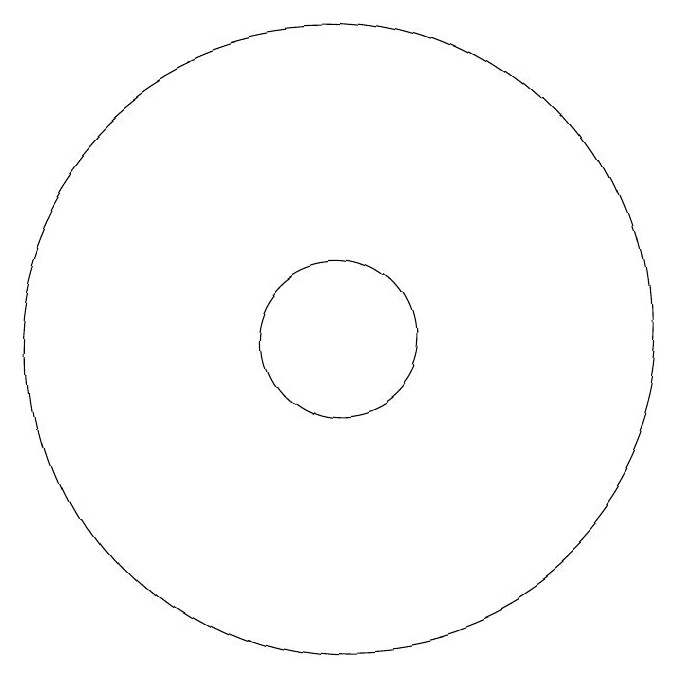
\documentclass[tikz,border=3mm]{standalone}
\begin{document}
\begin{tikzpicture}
\draw (12,11) circle (0);
\draw (11,11) circle (1);
\draw (11,11) circle (4);
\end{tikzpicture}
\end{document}